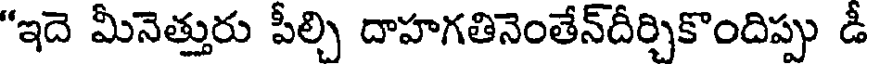
"ఇదె మీనెత్తురు పీల్చి దాహగతినెంతేన్దీర్చికొందిప్పు డీ